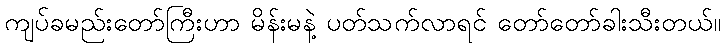
ကျပ်ခမည်းတော်ကြီးဟာ မိန်းမနဲ့ ပတ်သက်လာရင် တော်တော်ခါးသီးတယ်။